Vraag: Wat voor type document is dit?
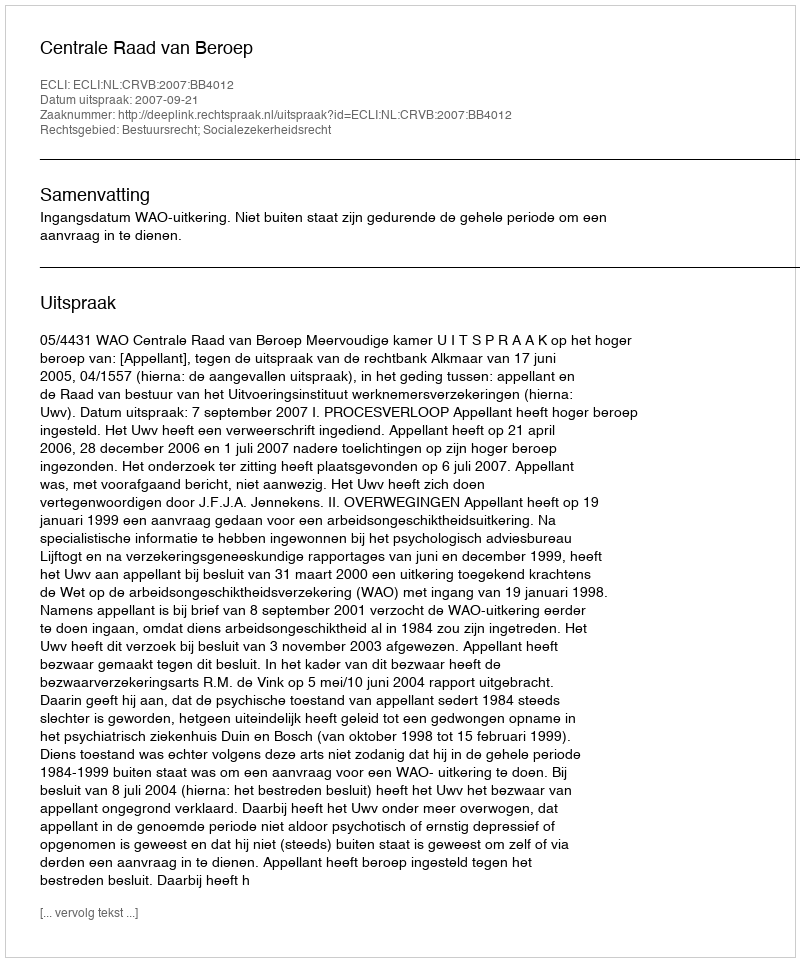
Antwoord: Uitspraak